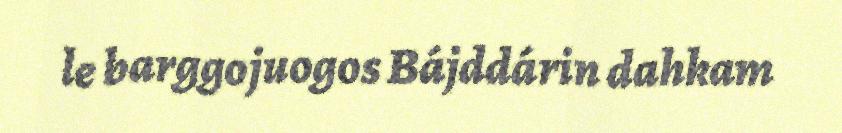
le barggojuogos Bájddárin dahkam